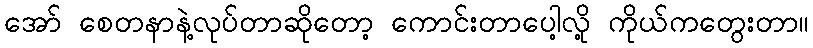
အော် စေတနာနဲ့လုပ်တာဆိုတော့ ကောင်းတာပေါ့လို့ ကိုယ်ကတွေးတာ။